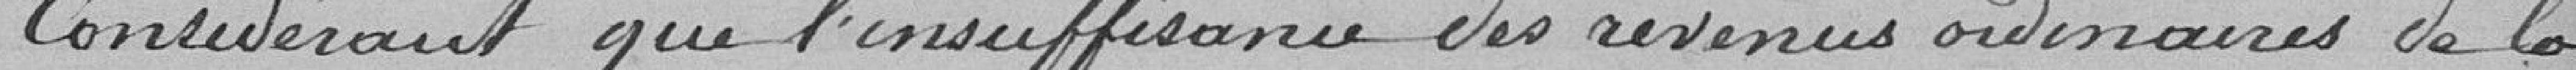
Considérant que l'insuffisance des revenus ordinaires de la